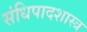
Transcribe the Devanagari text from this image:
संधिपादशास्त्र